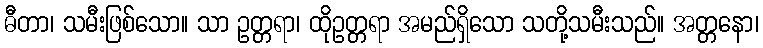
ဓီတာ၊ သမီးဖြစ်သော။ သာ ဥတ္တရာ၊ ထိုဥတ္တရာ အမည်ရှိသော သတို့သမီးသည်။ အတ္တနော၊